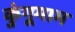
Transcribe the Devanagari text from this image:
कुंगूमाम